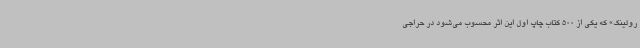
رولینگ» که یکی از 500 کتاب چاپ اول این اثر محسوب می‌شود در حراجی